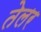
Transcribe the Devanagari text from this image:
तेलर